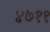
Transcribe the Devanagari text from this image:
४७११